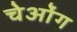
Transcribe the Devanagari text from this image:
चेओंग